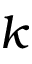
k